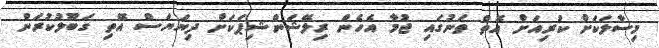
މިސާލަކަށް ކުރިއަށް އޮތް ތަނުގައި ޖުމާ އެހެން ރިލޭޝަންޝިޕަކަށް ދިޔަޔަސް އޭތި ގަބޫލުކުރަން